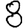
Digit: 8